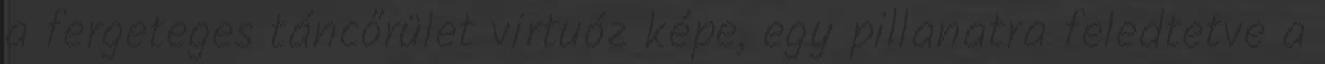
a fergeteges táncőrület virtuóz képe, egy pillanatra feledtetve a